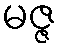
မဇ္ဇ